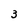
Character: 3